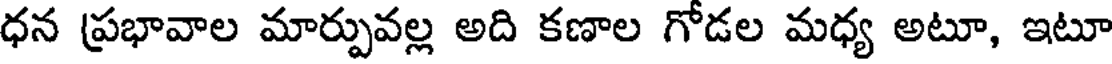
ధన ప్రభావాల మార్పువల్ల అది కణాల గోడల మధ్య అటూ, ఇటూ